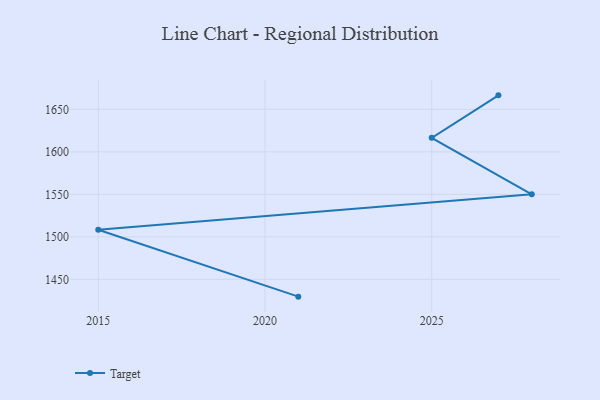
{"axis": {"x": "Year", "y": "Customer Acquisition Cost (USD)"}, "legend": ["Target"], "data": [{"x": "2021", "y": 1429.6, "type": "Target"}, {"x": "2015", "y": 1508.4, "type": "Target"}, {"x": "2028", "y": 1550.0, "type": "Target"}, {"x": "2025", "y": 1616.5, "type": "Target"}, {"x": "2027", "y": 1666.5, "type": "Target"}]}